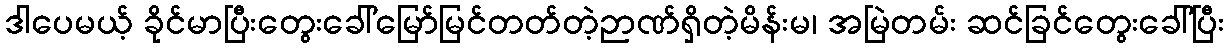
ဒါပေမယ့် ခိုင်မာပြီးတွေးခေါ်မြော်မြင်တတ်တဲ့ဉာဏ်ရှိတဲ့မိန်းမ၊ အမြဲတမ်း ဆင်ခြင်တွေးခေါ်ပြီး